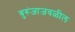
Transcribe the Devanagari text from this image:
बुरुंजाजवळील